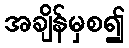
အချိန်မှစ၍